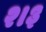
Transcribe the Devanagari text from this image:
२।३